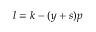
l = k - ( y + s ) p